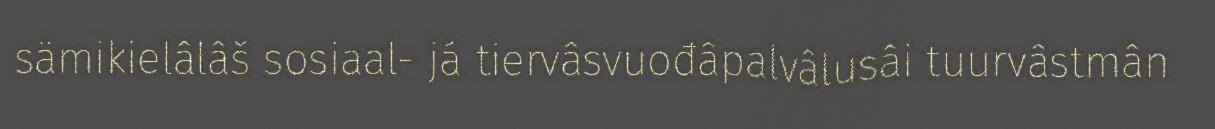
sämikielâlâš sosiaal- já tiervâsvuođâpalvâlusâi tuurvâstmân